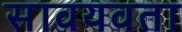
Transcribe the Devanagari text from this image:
सावयवता